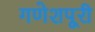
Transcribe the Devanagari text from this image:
गणेशपूरी